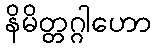
နိမိတ္တဂ္ဂါဟော